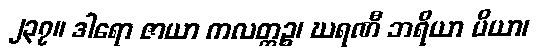
၂၃၇။ ဒါရော ဇာယာ ကလတ္တဉ္စ၊ ဃရဏီ ဘရိယာ ပိယာ၊